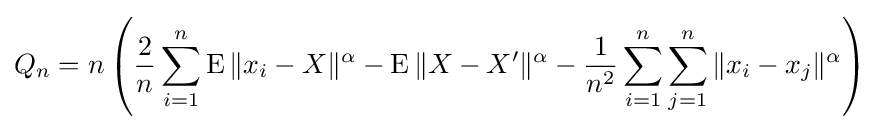
Q_{n}=n\left({\frac {2}{n}}\sum _{i=1}^{n}\operatorname {E} \|x_{i}-X\|^{\alpha }-\operatorname {E} \|X-X'\|^{\alpha }-{\frac {1}{n^{2}}}\sum _{i=1}^{n}\sum _{j=1}^{n}\|x_{i}-x_{j}\|^{\alpha }\right)